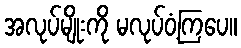
အလုပ်မျိုးကို မလုပ်ဝံ့ကြပေ။